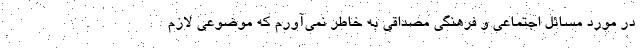
در مورد مسائل اجتماعی و فرهنگی مصداقی به خاطر نمی‌آورم که موضوعی لازم